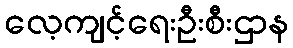
လေ့ကျင့်ရေးဦးစီးဌာန